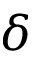
\delta